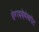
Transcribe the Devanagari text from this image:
हेगददेवंकोट